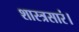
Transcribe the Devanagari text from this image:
शास्त्रसारं।